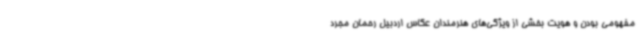
مفهومی بودن و هویت بخشی از ویژگی‌های هنرمندان عکاس اردبیل رحمان مجرد